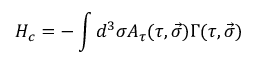
H _ { c } = - \int { d ^ { 3 } \sigma A _ { \tau } ( \tau , \vec { \sigma } ) \Gamma ( \tau , \vec { \sigma } ) }